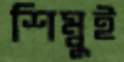
শিম্বুই